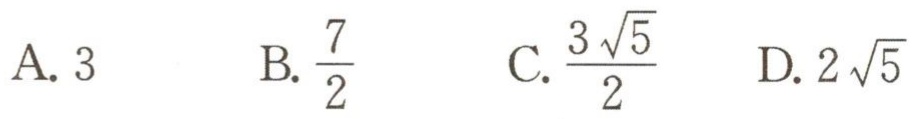
A. \(3\)  B. \(\frac{7}{2}\)  C. \(\frac{3\sqrt{5}}{2}\)  D. \(2\sqrt{5}\)